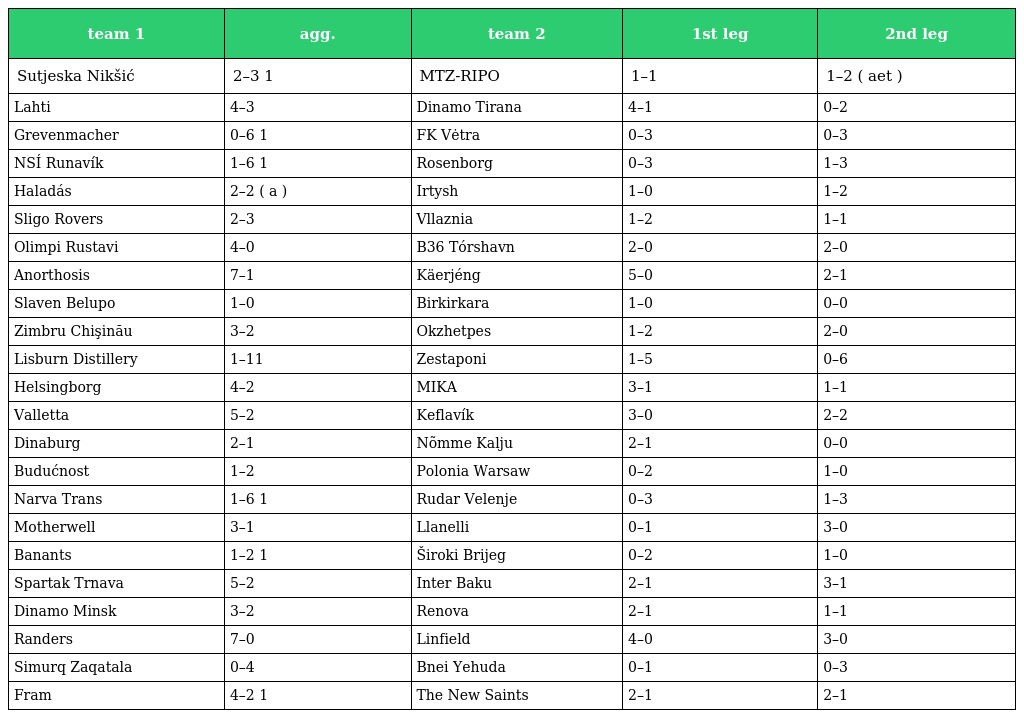
| team 1 | agg. | team 2 | 1st leg | 2nd leg |
 | --- | --- | --- | --- | --- |
 | Sutjeska Nikšić | 2–3 1 | MTZ-RIPO | 1–1 | 1–2 ( aet ) |
 | Lahti | 4–3 | Dinamo Tirana | 4–1 | 0–2 |
 | Grevenmacher | 0–6 1 | FK Vėtra | 0–3 | 0–3 |
 | NSÍ Runavík | 1–6 1 | Rosenborg | 0–3 | 1–3 |
 | Haladás | 2–2 ( a ) | Irtysh | 1–0 | 1–2 |
 | Sligo Rovers | 2–3 | Vllaznia | 1–2 | 1–1 |
 | Olimpi Rustavi | 4–0 | B36 Tórshavn | 2–0 | 2–0 |
 | Anorthosis | 7–1 | Käerjéng | 5–0 | 2–1 |
 | Slaven Belupo | 1–0 | Birkirkara | 1–0 | 0–0 |
 | Zimbru Chişinău | 3–2 | Okzhetpes | 1–2 | 2–0 |
 | Lisburn Distillery | 1–11 | Zestaponi | 1–5 | 0–6 |
 | Helsingborg | 4–2 | MIKA | 3–1 | 1–1 |
 | Valletta | 5–2 | Keflavík | 3–0 | 2–2 |
 | Dinaburg | 2–1 | Nõmme Kalju | 2–1 | 0–0 |
 | Budućnost | 1–2 | Polonia Warsaw | 0–2 | 1–0 |
 | Narva Trans | 1–6 1 | Rudar Velenje | 0–3 | 1–3 |
 | Motherwell | 3–1 | Llanelli | 0–1 | 3–0 |
 | Banants | 1–2 1 | Široki Brijeg | 0–2 | 1–0 |
 | Spartak Trnava | 5–2 | Inter Baku | 2–1 | 3–1 |
 | Dinamo Minsk | 3–2 | Renova | 2–1 | 1–1 |
 | Randers | 7–0 | Linfield | 4–0 | 3–0 |
 | Simurq Zaqatala | 0–4 | Bnei Yehuda | 0–1 | 0–3 |
 | Fram | 4–2 1 | The New Saints | 2–1 | 2–1 |